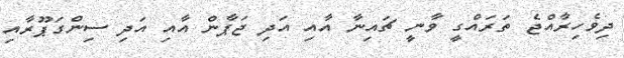
ދިވެހިރާއްޖެ ތަރައްގީ ވާނީ ޗައިނާ އާއި އަދި ޖަޕާން އާއި އަދި ސިންގަޕޫރާއި